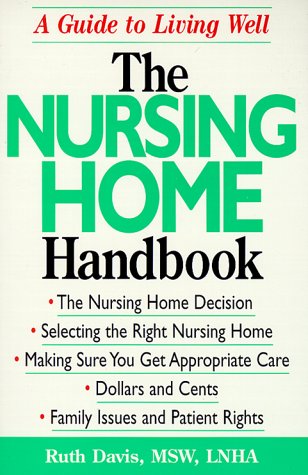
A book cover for The Nursing Home Handbook: A Guide to Living Well; Ruth Davis; Medical Books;